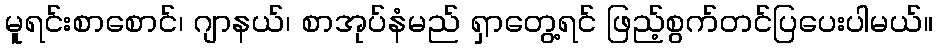
မူရင်းစာစောင်၊ ဂျာနယ်၊ စာအုပ်နံမည် ရှာတွေ့ရင် ဖြည့်စွက်တင်ပြပေးပါမယ်။